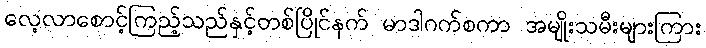
လေ့လာစောင့်ကြည့်သည်နှင့်တစ်ပြိုင်နက် မာဒါဂက်စကာ အမျိုးသမီးများကြား